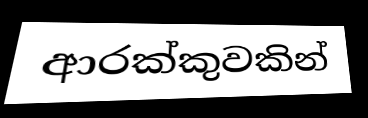
ආරක්කුවකින්